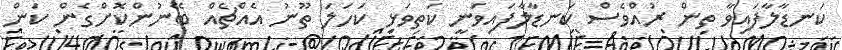
ކަނޑާލާފައިވާ ތިން ރުއްވެސް ކަނޑާލާފައިވަނީ ކަތިވަޅި ކަހަލަ ތޫނު އެއްޗެއް ބޭނުންކޮށްގެން ކަން